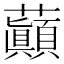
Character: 𧄺